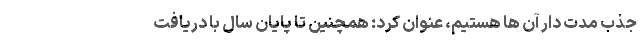
جذب مدت دار آن ها هستیم، عنوان کرد: همچنین تا پایان سال با دریافت